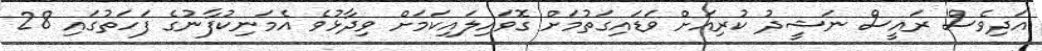
އަދިވެސް ރައީސް ނަޝީދު ކުރިއަށް ވަޑައިގަތުމަށް ގޮވައިލައިކަމަށް ވިދާޅުވެ އެމަނިކުފާނުގެ ފަހަތުގައި 28